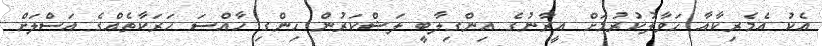
އެކު އެމެރިކާއާ ހަވާލުކުރުމަށް އީރާނުގެ އިންގިލާބީ ލަޝްކަރުން ހިންގި ހާއްސަ ހަރަކާތެއްގެ އަސްލަށް